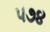
૫૭૪